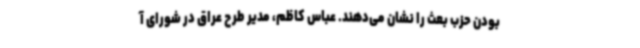
بودن حزب بعث را نشان می‌دهند. عباس کاظم، مدیر طرح عراق در شورای آ